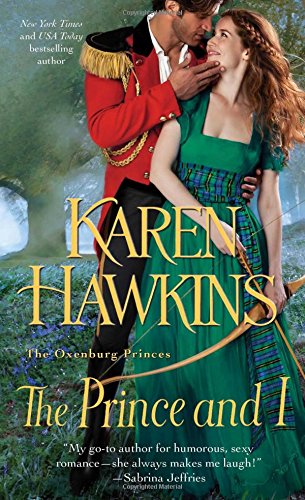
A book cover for The Prince and I (The Oxenburg Princes); Karen Hawkins; Romance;